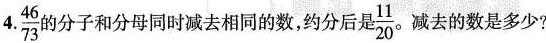
4.\frac{46}{73}的分子和分母同时减去相同的数，约分后是\frac{11}{20}减去的数是多少?